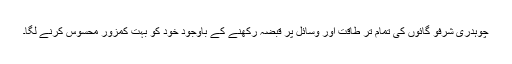
چوہدری شرفو گائوں کی تمام تر طاقت اور وسائل پر قبضہ رکھنے کے باوجود خود کو بہت کمزور محسوس کرنے لگا۔